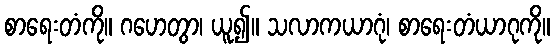
စာရေးတံကို။ ဂဟေတွာ၊ ယူ၍။ သလာကယာဂုံ၊ စာရေးတံယာဂုကို။